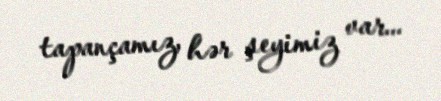
tapançamız, hər şeyimiz var...